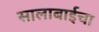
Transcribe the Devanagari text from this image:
सालाबाईचा